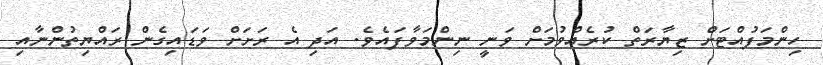
ހިންމަފުއްޓަށް ޒިޔާރަތް ކުރެއްވުމަށް ވަނީ ނިންމަވާފައެވެ. އަދި އެ ރަށަށް ވަޑައިގެން ރައްޔިތުންނާއި